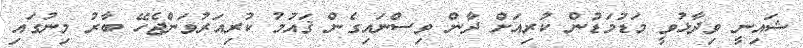
ޝައިނީ ވިދާޅުވީ މަޑުމަޑުން ކުރިއަށް ދާން ވިސްނައިގެން ޤައުމު ކުރިއަރުވަންޖެހޭ ބާރު މިިނުގައި